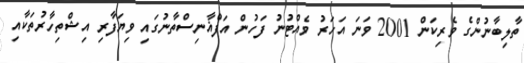
ތާލިބާނުންގެ ވެރިކަން 2001 ވަނަ އަހަރު ވެއްޓުނު ފަހުން އަފްޣާނިސްތާނުގައި ވިޔަފާރި އިޝްތިހާރުތަކާއި